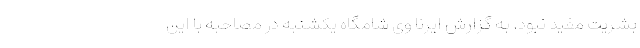
بشریت مفید نبود. به گزارش ایرنا وی شامگاه یکشنبه در مصاحبه با این